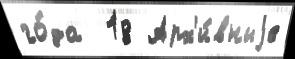
го́да  18 Арх'и́вныjе